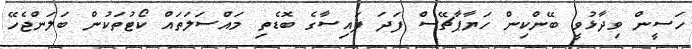
ހަސީން ވިދާޅުވީ ބޭންކިން ހަޔާޕާޗޭސް ފަދަ ފައިސާގެ ބޮޑެތި މައްސަލަތައް ކޯޓުތަކުން ބަލަންޖެހޭ